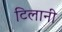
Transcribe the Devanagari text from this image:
टिलानी